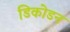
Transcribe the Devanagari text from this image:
डिकोडन